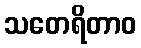
သတေရိတာဝ